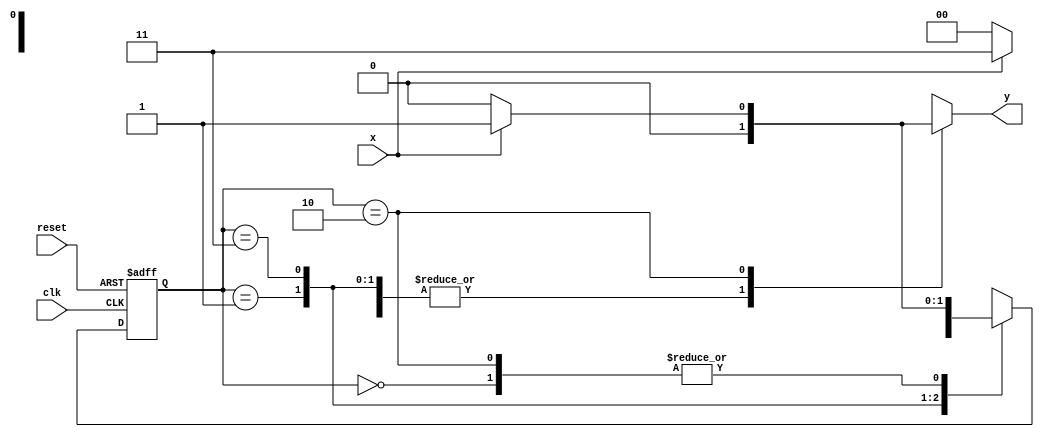
// Nome:Rayan Darwin
// -------------------------

// --------------
// --- Mealy FSM
// --------------
/*
Mealy FSM Diagram
__________________
/ \
1 v 1 0 1 | // found
[start] ---> [id1] ---> [id11] ---> [id110]
^ \0 0 | 1 / ^ 0 | // not found
\_/ / \__/ |
\________/ /
\ /
\_________________________/
*/

// constant definitions
`define found 1
`define notfound 0

// FSM by Mealy
module mealy1101 ( y, x, clk, reset );
output y;
input x;
input clk;
input reset;
reg y;
parameter // state identifiers
start = 2'b00,
id1 = 2'b01,
id11 = 2'b11,
id110 = 2'b10;
reg [1:0] E1; // current state variables
reg [1:0] E2; // next state logic output

// next state logic
always @( x or E1 )
begin
y = `notfound;
case ( E1 )
start:
if ( x )
E2 = id1;
else
E2 = start;
id1:
if ( x )
E2 = id11;
else
E2 = start;
id11:
if ( x )
E2 = id11;
else
E2 = id110;
id110:
if ( x )
begin
E2 = id1;
y = `found;
end
else
begin
E2 = start;
y = `notfound;
end
default: // undefined state
E2 = 2'bxx;
endcase
end // always at signal or state changing

// state variables
always @( posedge clk or negedge reset )
begin
if ( reset )
E1 = E2; // updates current state
else
E1 = 0; // reset
end // always at signal changing
endmodule // mealy1101